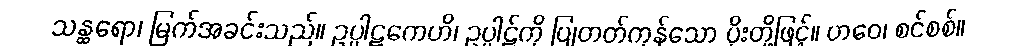
သန္ထရော၊ မြက်အခင်းသည်။ ဥပ္ပါဋကေဟိ၊ ဥပ္ပါဋ်ကို ပြုတတ်ကုန်သော ပိုးတို့ဖြင့်။ ဟဝေ၊ စင်စစ်။